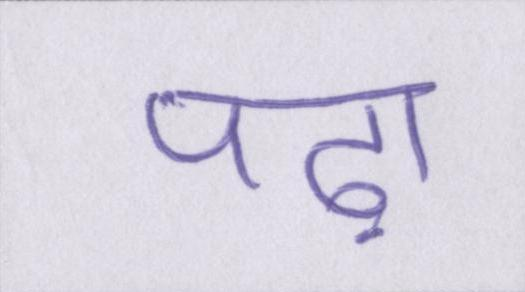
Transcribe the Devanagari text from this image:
पढ़ा